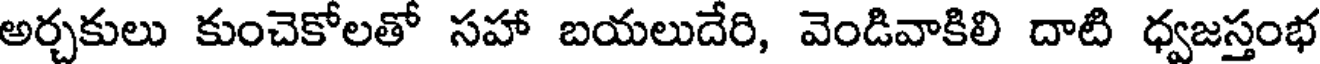
అర్చకులు కుంచెకోలతో సహా బయలుదేరి, వెండివాకిలి దాటి ధ్వజస్తంభ